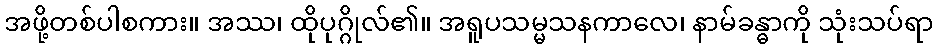
အဖို့တစ်ပါစကား။ အဿ၊ ထိုပုဂ္ဂိုလ်၏။ အရူပသမ္မသနကာလေ၊ နာမ်ခန္ဓာကို သုံးသပ်ရာ